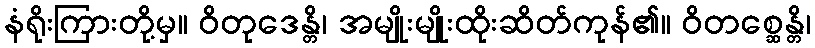
နံရိုးကြားတို့မှ။ ဝိတုဒေန္တိ၊ အမျိုးမျိုးထိုးဆိတ်ကုန်၏။ ဝိတစ္ဆေန္တိ၊